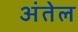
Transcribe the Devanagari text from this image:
अंतेल